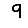
Digit: 9